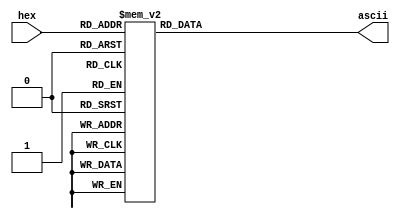
module hex2ascii (
    input wire [3:0] hex,
    output reg [7:0] ascii
);

always @(*)
begin
    case(hex)
        4'h0: ascii = 8'b00110000; // '0'
        4'h1: ascii = 8'b00110001; // '1'
        4'h2: ascii = 8'b00110010; // '2'
        4'h3: ascii = 8'b00110011; // '3'
        4'h4: ascii = 8'b00110100; // '4'
        4'h5: ascii = 8'b00110101; // '5'
        4'h6: ascii = 8'b00110110; // '6'
        4'h7: ascii = 8'b00110111; // '7'
        4'h8: ascii = 8'b00111000; // '8'
        4'h9: ascii = 8'b00111001; // '9'
        4'ha: ascii = 8'b01000001; // 'A'
        4'hb: ascii = 8'b01000010; // 'B'
        4'hc: ascii = 8'b01000011; // 'C'
        4'hd: ascii = 8'b01000100; // 'D'
        4'he: ascii = 8'b01000101; // 'E'
        4'hf: ascii = 8'b01000110; // 'F'
        default: ascii = 8'b00000000; // Invalid input
    endcase
end

endmodule